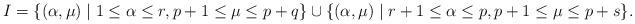
LaTeX: \begin{align*} I=\{(\alpha,\mu)\mid1\leq \alpha \leq r,p+1 \leq \mu \leq p+q\}\cup \{(\alpha,\mu)\mid r+1 \leq \alpha \leq p, p+1\leq \mu\leq p+s\}.\end{align*}